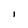
Character: 1